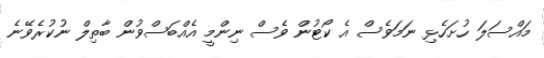
މައްސަލަ ހުށަހެޅި ނަމަވެސް އެ ކޯޓުން ވެސް ނިންމީ އެއްބަސްވުން ބާތިލް ނުކުރެވޭނެ